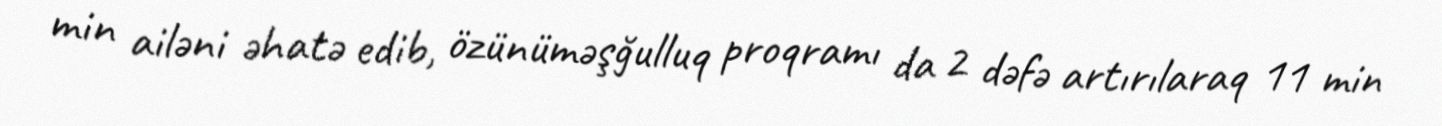
min ailəni əhatə edib, özünüməşğulluq proqramı da 2 dəfə artırılaraq 11 min